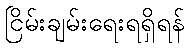
ငြိမ်းချမ်းရေးရရှိရန်